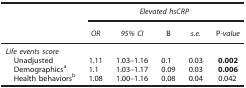
<table><thead><tr><td><b> </b></td><td colspan="5"><b><i>Elevated hsCRP</i></b></td></tr><tr><td><b> </b></td><td><b><i>OR</i></b></td><td><b><i>95% CI</i></b></td><td><b>B</b></td><td><b><i>s.e.</i></b></td><td><b>P<i>-value</i></b></td></tr></thead><tbody><tr><td colspan="6"><i>Life events score</i></td></tr><tr><td> Unadjusted</td><td>1.11</td><td>1.03–1.16</td><td>0.1</td><td>0.03</td><td><b>0.002</b></td></tr><tr><td> Demographicsa</td><td>1.1</td><td>1.03–1.17</td><td>0.09</td><td>0.03</td><td><b>0.006</b></td></tr><tr><td> Health behaviorsb</td><td>1.08</td><td>1.00–1.16</td><td>0.08</td><td>0.04</td><td>0.042</td></tr></tbody></table>